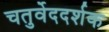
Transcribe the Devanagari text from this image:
चतुर्वेददर्शक